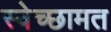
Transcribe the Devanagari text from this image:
स्वेच्छामत